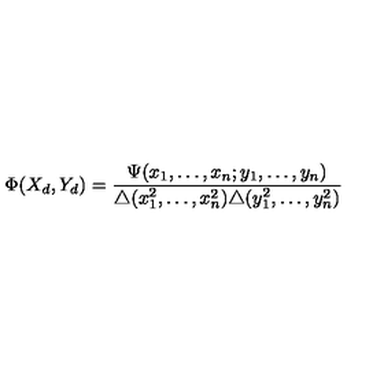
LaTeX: \Phi ( X _ { d } , Y _ { d } ) = \frac { \Psi ( x _ { 1 } , \ldots , x _ { n } ; y _ { 1 } , \ldots , y _ { n } ) } { \triangle ( x _ { 1 } ^ { 2 } , \ldots , x _ { n } ^ { 2 } ) \triangle ( y _ { 1 } ^ { 2 } , \ldots , y _ { n } ^ { 2 } ) }